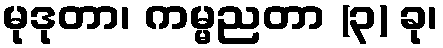
မုဒုတာ၊ ကမ္မညတာ (၃) ခု၊